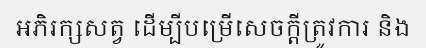
អភិរក្សសត្វ ដើម្បីបម្រើសេចក្តីត្រូវការ និង